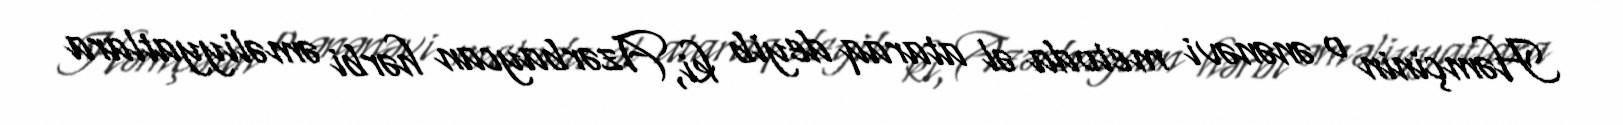
Həmçinin o ənənəvi metoda əl ataraq deyib ki, Azərbaycan hərbi əməliyyatlara